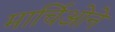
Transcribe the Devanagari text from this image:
मार्चिओने